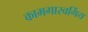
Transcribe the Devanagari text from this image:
कामगारवर्गिय